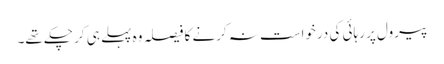
پیرول پر رہائی کی درخواست نہ کرنے کا فیصلہ وہ پہلے ہی کر چکے تھے۔